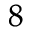
^ 8